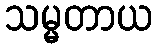
သမ္မတာယ